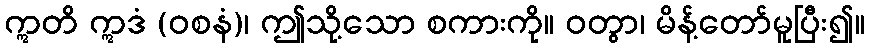
ဣတိ ဣဒံ (ဝစနံ)၊ ဤသို့သော စကားကို။ ဝတွာ၊ မိန့်တော်မူပြီး၍။